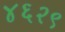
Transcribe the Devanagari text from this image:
४६२९